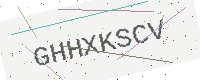
Text: GHHXKSCV